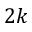
2 k